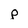
Character: p